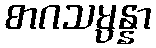
စာဂသမ္ပန္နာ